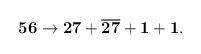
LaTeX: \begin{align*}{\bf 56}\rightarrow {\bf 27}+\overline{\bf 27} +{\bf 1}+{\bf 1}.\end{align*}